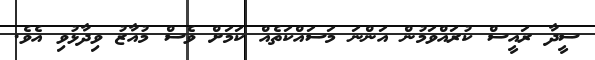
ސީދާ ރައީސް ކުރައްވަމުން އަންނަ މަސައްކަތެއް ކަމަށް ވެސް މުއާޒު ވިދާޅުވި އެވެ.